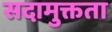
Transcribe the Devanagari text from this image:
सदामुक्तता